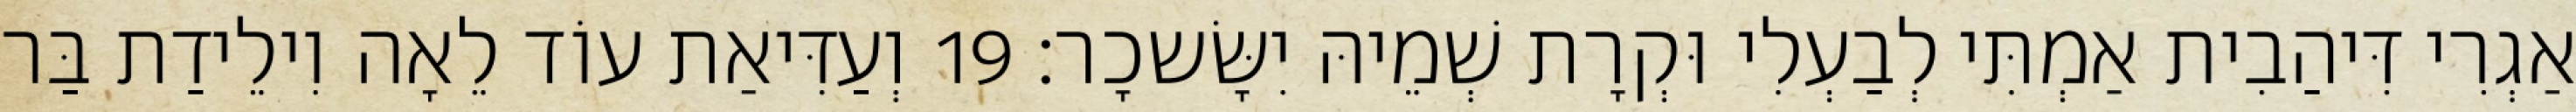
אַגְרִי דִּיהַבִית אַמְתִּי לְבַעְלִי וּקְרָת שְׁמֵיהּ יִשָּׂשכָר׃ 19 וְעַדִּיאַת עוֹד לֵאָה וִילֵידַת בַּר